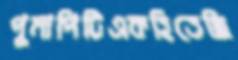
পুমাপিটিএকহিতেছি